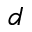
d